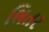
ભિતર